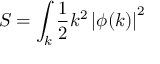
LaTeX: S = \int _ { k } { \frac { 1 } { 2 } } k ^ { 2 } \left| \phi ( k ) \right| ^ { 2 }